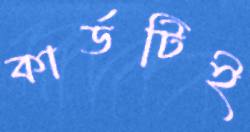
কার্ডটিই